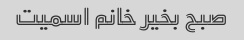
صبح بخیر خانم اسمیت